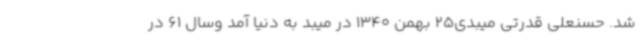
شد. حسنعلی قدرتی میبدی25 بهمن 1340 در میبد به دنیا آمد وسال 61 در